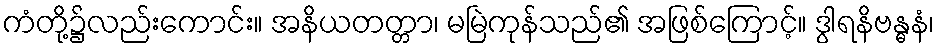
ကံတို့၌လည်းကောင်း။ အနိယတတ္တာ၊ မမြဲကုန်သည်၏ အဖြစ်ကြောင့်။ ဒွါရနိဗန္ဓနံ၊